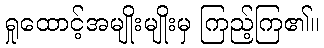
ရှုထောင့်အမျိုးမျိုးမှ ကြည့်ကြ၏။